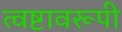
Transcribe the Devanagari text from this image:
त्वष्टावरूपी